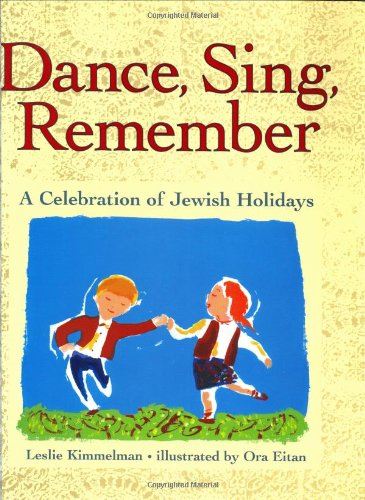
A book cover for Dance, Sing, Remember: A Celebration of Jewish Holidays; Leslie Kimmelman; Children's Books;